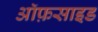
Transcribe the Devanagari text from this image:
ऑफ़साइड